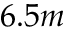
6 . 5 m